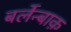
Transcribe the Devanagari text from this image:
बर्लेन्बाक़